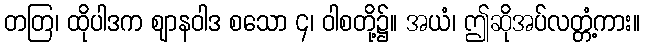
တတြ၊ ထိုပါဒက ဈာနဝါဒ စသော ၄၊ ဝါစတို့၌။ အယံ၊ ဤဆိုအပ်လတ္တံ့ကား။